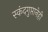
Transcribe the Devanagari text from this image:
स्कंदगुप्तानेही